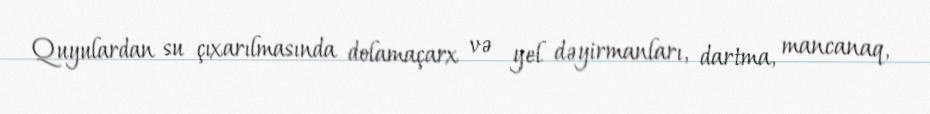
Quyulardan su çıxarılmasında dolamaçarx və yel dəyirmanları, dartma, mancanaq,